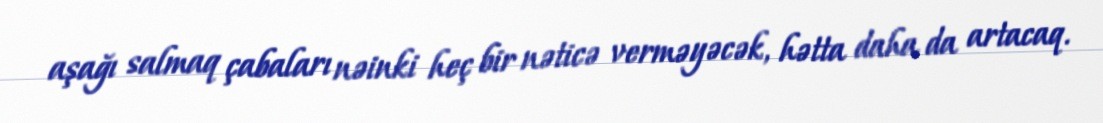
aşağı salmaq çabaları nəinki heç bir nəticə verməyəcək, hətta daha da artacaq.